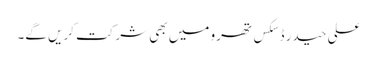
علی حیدر ڈسکس تھرو میں بھی شرکت کریں گے۔